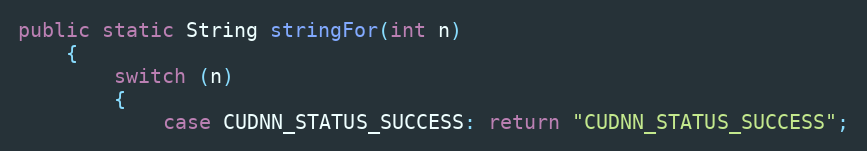
Language: Java
public static String stringFor(int n)
    {
        switch (n)
        {
            case CUDNN_STATUS_SUCCESS: return "CUDNN_STATUS_SUCCESS";